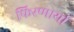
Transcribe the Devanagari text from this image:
फिरणार्या